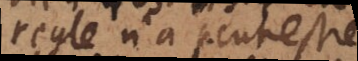
regle n’a peutestre